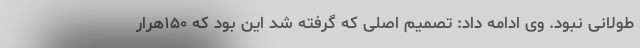
طولانی نبود. وی ادامه داد: تصمیم اصلی که گرفته شد این بود که ۱۵۰هرار